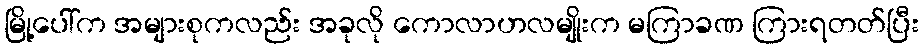
မြို့ပေါ်က အများစုကလည်း အခုလို ကောလာဟလမျိုးက မကြာခဏ ကြားရတတ်ပြီး